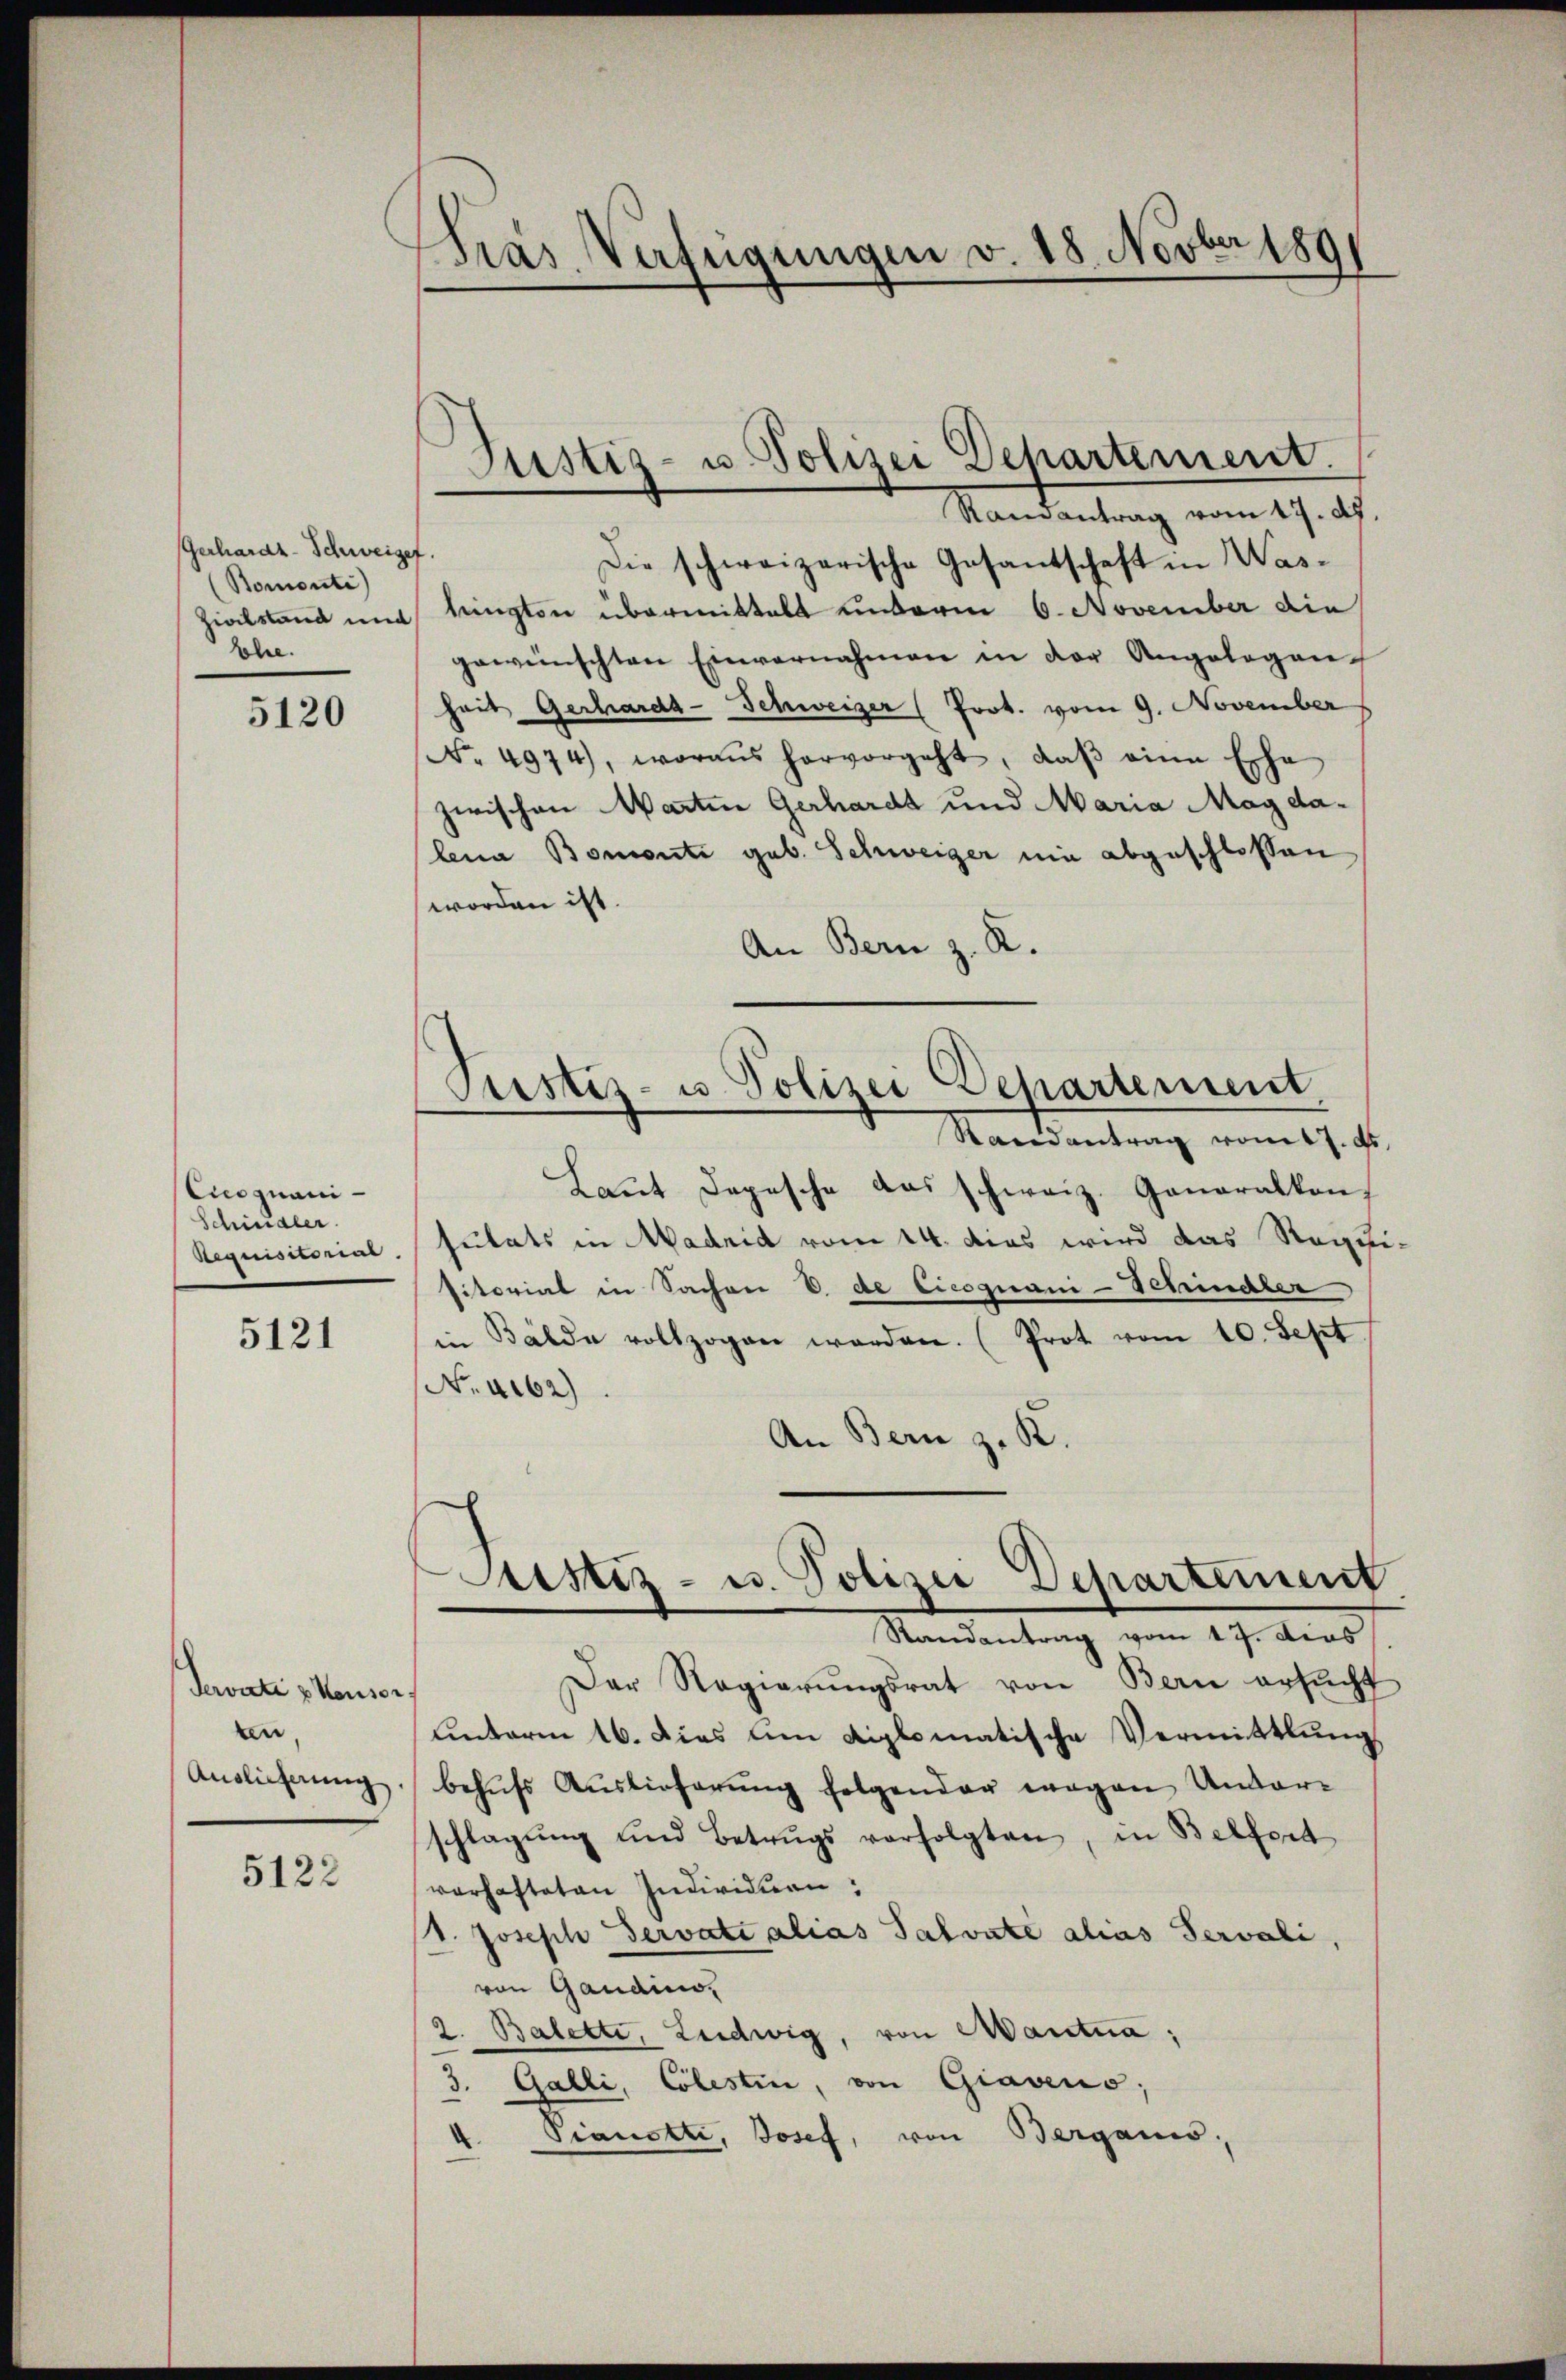
Gerhardt-Schweigef
(Bomonti)
zivilstand und
bohre.

5120

Cicognani
Schindler
Requisitorial

5121

Javati z. Konser
ten
Auslieferung

5122

Fras Verfügungen v. 18. Novber 1891

Justiz- u. Polizei Departement.
Ramantrag vom 17. d.

Die schweizerische Gesantschaft in Was-
lington übermittelt unterm 6. November die
gewünschten Einvernahmen in der Angelegen
heit Gerhard-Schweizer (Prot. vom 9. November
No. 4974), woraus hervorgeht, daβ eine Esche
zwischen Warten Gerhardt und Maria Mag dalena Bomonti geb. Schweiger nie abgeschlossen
worden ist.
An Bern z. R.

Justiz- u Polizei Departement,
Mandantung vom 17.

ustiz- u. Polizei Departement
Randantrag vom 17. ders
Der Regierŭngsrat von Bern ersŭcht

Laŭt Depesche das schweiz. Generalkon-
sulats in Madrid vom 14. das wird das Requi-
sitoriat in Sachen V. de Cicognani-Schindler
in Bälde vollzogen werden. (Prot vom 10. Sept
No. 4162)
An Bern z. B.
unterm 16. Dies um diplomatische Vermittlung
behŭfs Auslieferŭng folgender wegen Undar-
schlagung und Betrugs verfolgten, in Belfort
verhafteten Individuen,
" Joseph Servati alias Salvate alias Servali,
von Gandio,
2. Balette, Ludwig, von Mantna;
3. Galli, Colestin, von Giavens;
.
t. Pianotti, Josef, von Berganis,